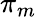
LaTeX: \pi_{m}